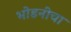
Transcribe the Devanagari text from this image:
भोडनीचा